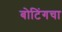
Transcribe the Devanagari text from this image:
बोटिंगचा